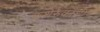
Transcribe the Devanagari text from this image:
कशेरुकाशी